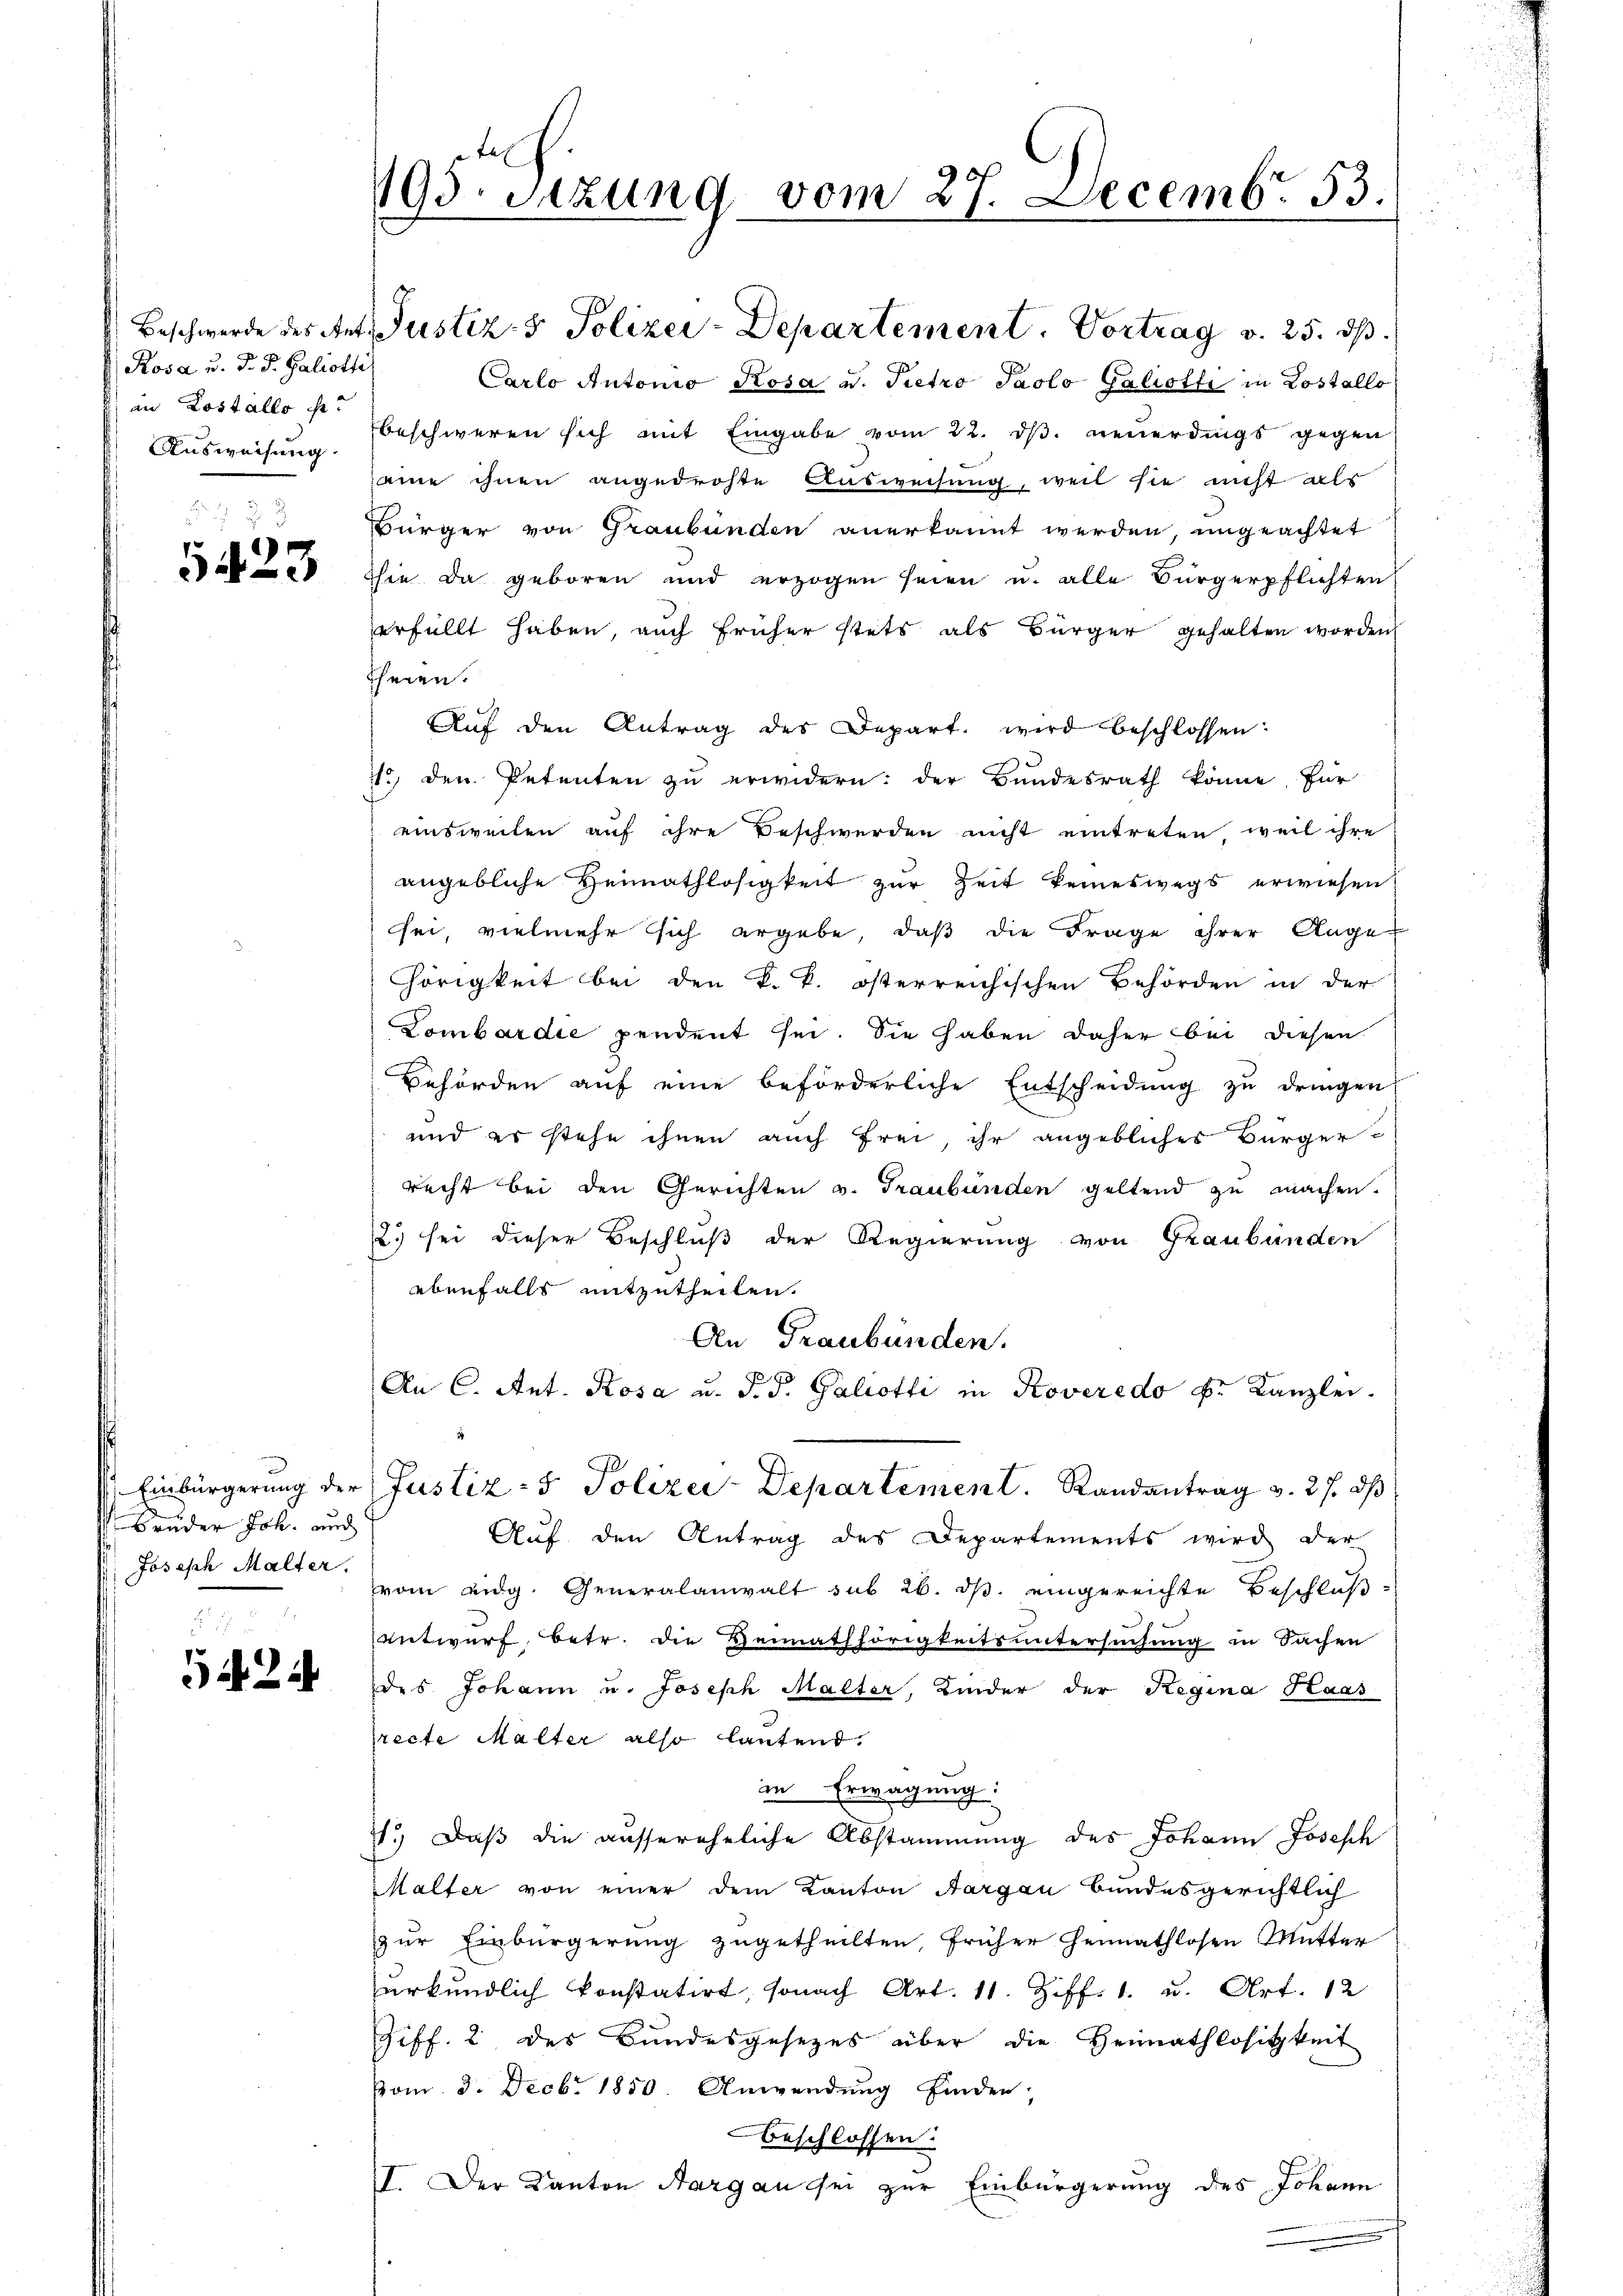
Rosa u. d. J. Galiotti
in Lostallo s.

5423

Brüder Joh. auch
Joseph Malter.

5424

Beschwerde des Ant. Justiz- & Polizei-Departement. Vortrag v. 25. ds.
Carlo Antonio Rosa u. Pietro Paolo Galiotti in Lostallo
Aŭsweisung beschweren sich mit Eingabe vom 22. dβ. neŭerdings gegen
emme ihnen angedrohte Ausweisung, weil sie nicht als
Bürger von Graubünden anerkannt werden, ungeachtet
hie da geboren und erzogen seien u. alle Bürgerpflichten
erfüllt haben, auch früher stets als Bürger gehalten worden
heien.
Aŭf den Antrag des Depart. wird beschlossen:
so, den Petenten zu erwidern: der Bundesrath könne, für
einsweilen auf ihre Beschwerden nicht eintreten, weil ihre
angebliche Heimathlosigkeit zur Zeit keineswegs erwiesen
sei, vielmehr sich ergebe, daß die Frage ihrer Auge
hörigkeit bei den k. k. österreichischen Behörden in der
Lombardie pendent sei. Sie haben daher bei diesen
Behörden aŭf eine beförderliche Entscheidŭng zŭ dringen.
und er stehe ihnen auch frei, ihr angebliches Bürgerrecht bei den Gerichten v. Graubünden geltend zu machen.
2) sei dieser Beschluß der Regierung von Graubünden
ebenfalls mitzutheilen.
An Graubünden.
An C. Ant. Rosa u. d. J. Galiotti in Koveredo k. Kanzlei.
Einbürgerung der Justiz- & Polizei-Departement. Randantrag v. 27. dβ
Auf den Antrag des Departements wird der
vom eidg. Generalanwalt sub 26. ds. eingereichte Beschluß
entwurf, betr. die Heimathörigkeitsuntersuchung in Sachen
des Johann u. Joseph Malter, Kinder der Regina Haas
recte Malter also lautend.
in Erwägung
4.) Daß die aussereheliche Abstammung des Johann Joseph
Malter von einer dem Kanton Aargau Bundesgerichtlich
zur Einbürgerung zugetheilten, früher Gennathlosen Mutter
urkundlich konstatirt, sonach Art. 11. Ziff. 1. u. Art. 12
Giff. 2 des Bundesgesezes über die Heimathlosigkeit
vom 3. Decbr 1850. Anwendung finden,
beschlossen:
II. Der Kanton Aargau sei zur Einbürgerung des Johann

195. Sizung vom 27. Decembr. 53.
4